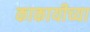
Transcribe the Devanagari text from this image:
काकायीच्या